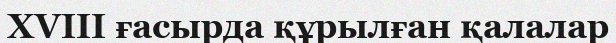
XVIII ғасырда құрылған қалалар